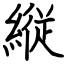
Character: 縦